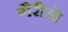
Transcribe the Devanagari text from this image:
गैरीडो